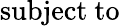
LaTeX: \mathrm{subject~to~}